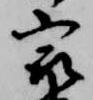
最